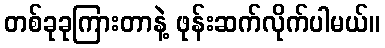
တစ်ခုခုကြားတာနဲ့ ဖုန်းဆက်လိုက်ပါမယ်။